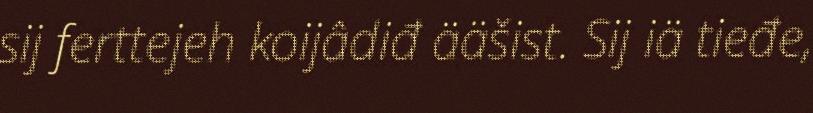
sij ferttejeh koijâdiđ ääšist. Sij iä tieđe,